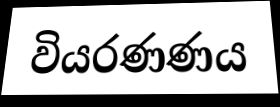
වියරණණය